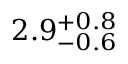
2 . 9 _ { - 0 . 6 } ^ { + 0 . 8 }